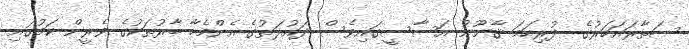
ސަތާރައަހަރުގެ  ފުރިހަމަ ޤާނޫނު އަސާސީގައިވެސް ދައުލަތުގެ އެންމެހާ ބާރުތަކުގެ ވެރީން ކަމުގައި